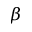
\beta